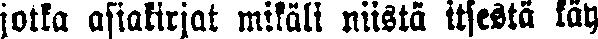
jotka asiakirjat mikäli niistä itsestä käy